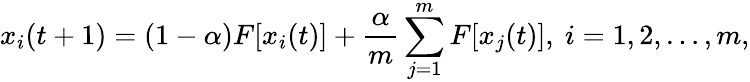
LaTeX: x_{i}(t+1)=(1-\alpha)F[x_{i}(t)]+\frac{\alpha}{m}\sum_{j=1}^{m}F[x_{j}(t)],\ i=1,2,\dots,m,